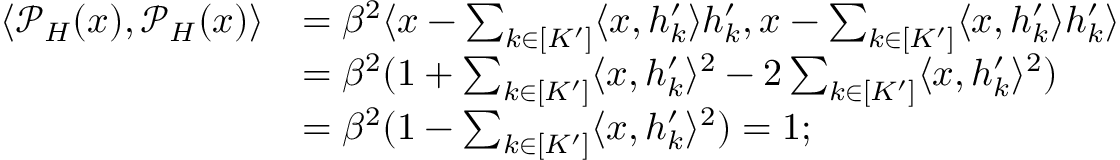
\begin{array} { r l } { \langle \mathcal { P } _ { H } ( x ) , \mathcal { P } _ { H } ( x ) \rangle } & { = \beta ^ { 2 } \langle x - \sum _ { k \in [ K ^ { \prime } ] } \langle x , h _ { k } ^ { \prime } \rangle h _ { k } ^ { \prime } , x - \sum _ { k \in [ K ^ { \prime } ] } \langle x , h _ { k } ^ { \prime } \rangle h _ { k } ^ { \prime } \rangle } \\ & { = \beta ^ { 2 } ( 1 + \sum _ { k \in [ K ^ { \prime } ] } \langle x , h _ { k } ^ { \prime } \rangle ^ { 2 } - 2 \sum _ { k \in [ K ^ { \prime } ] } \langle x , h _ { k } ^ { \prime } \rangle ^ { 2 } ) } \\ & { = \beta ^ { 2 } ( 1 - \sum _ { k \in [ K ^ { \prime } ] } \langle x , h _ { k } ^ { \prime } \rangle ^ { 2 } ) = 1 ; } \end{array}